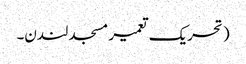
( تحریک تعمیر مسجد لندن۔